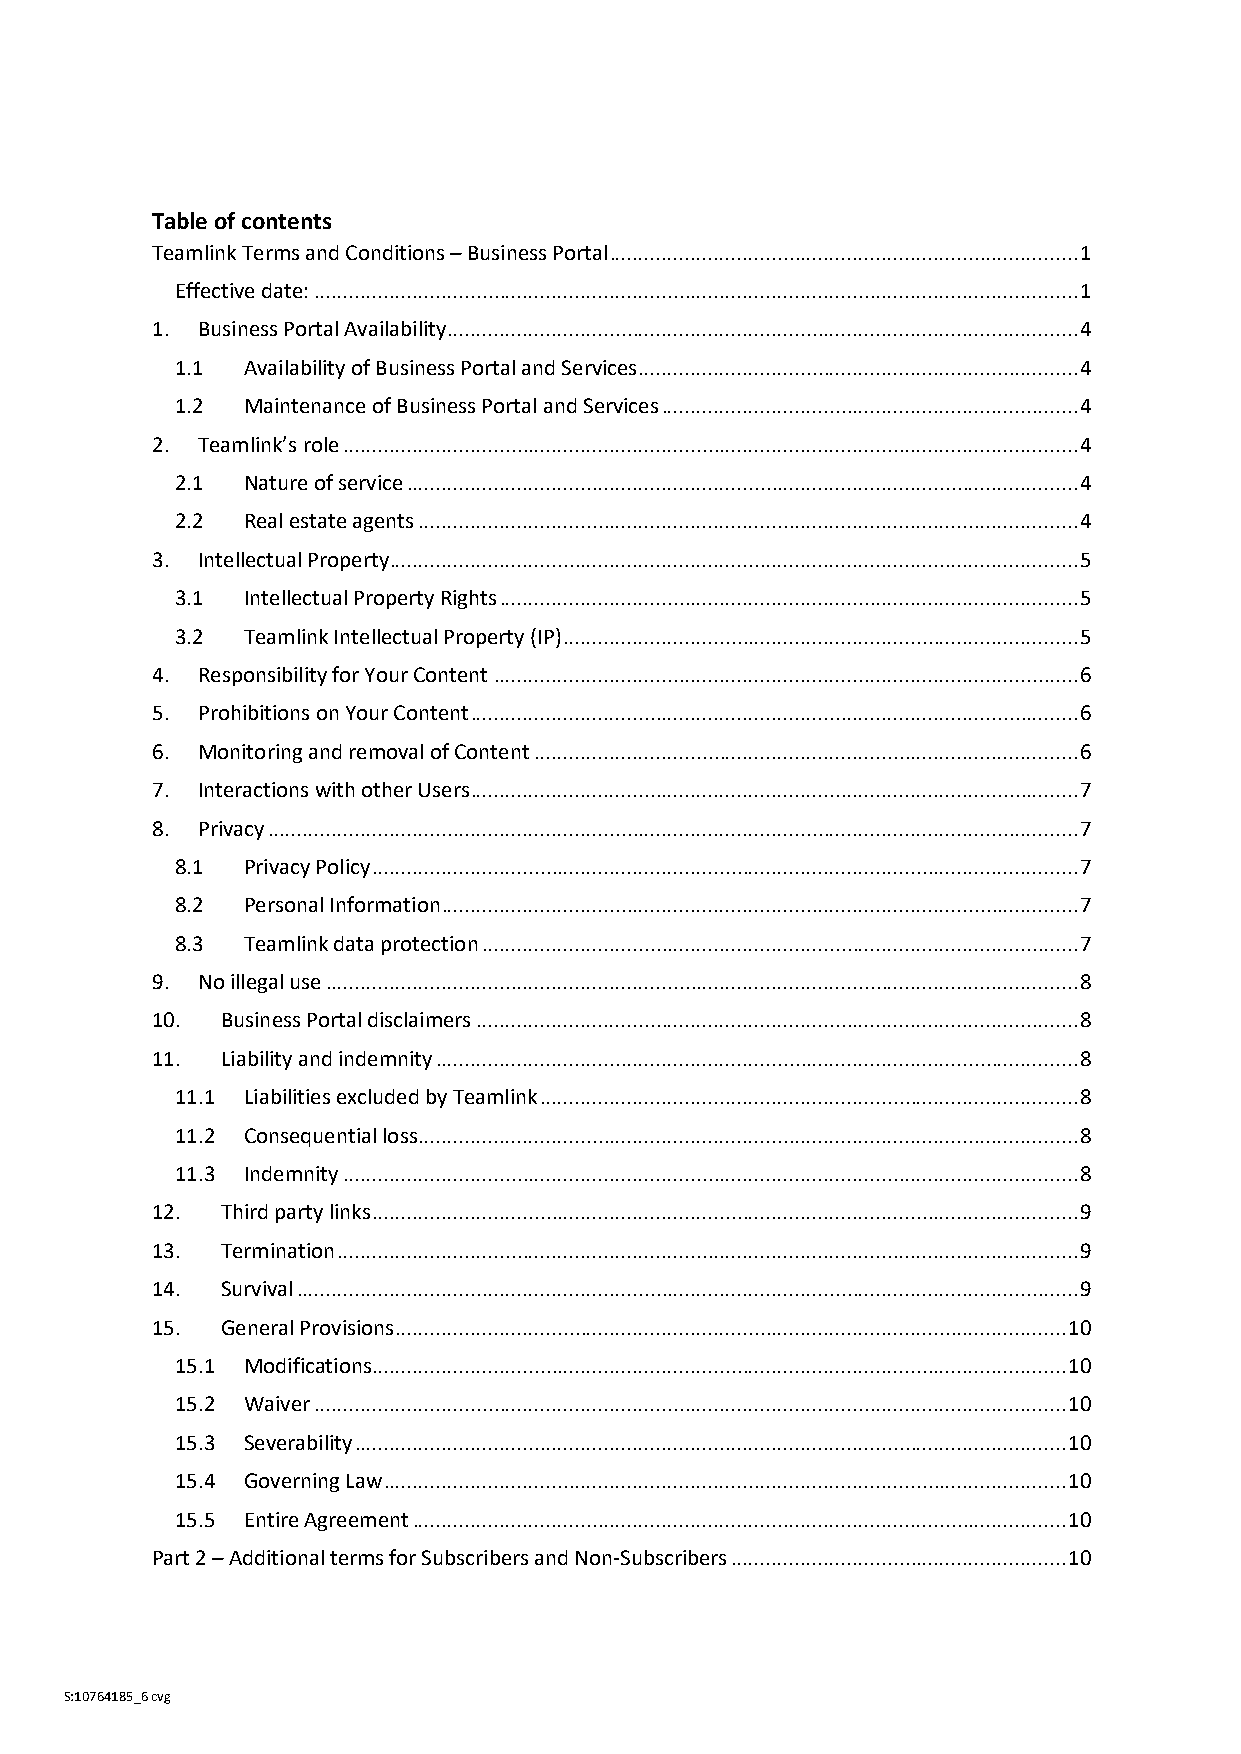
Table of contents
 Teamlink Terms and Conditions – Business Portal ................................................................................. 1
 Effective date: .................................................................................................................................... 1
 1. Business Portal Availability ............................................................................................................. 4
 1.1 Availability of Business Portal and Services ............................................................................ 4
 1.2 Maintenance of Business Portal and Services ........................................................................ 4
 2. Teamlink’s role ............................................................................................................................... 4
 2.1 Nature of service .................................................................................................................... 4
 2.2 Real estate agents .................................................................................................................. 4
 3. Intellectual Property ....................................................................................................................... 5
 3.1 Intellectual Property Rights .................................................................................................... 5
 3.2 Teamlink Intellectual Property (IP) ......................................................................................... 5
 4. Responsibility for Your Content ..................................................................................................... 6
 5. Prohibitions on Your Content ......................................................................................................... 6
 6. Monitoring and removal of Content .............................................................................................. 6
 7. Interactions with other Users ......................................................................................................... 7
 8. Privacy ............................................................................................................................................ 7
 8.1 Privacy Policy .......................................................................................................................... 7
 8.2 Personal Information .............................................................................................................. 7
 8.3 Teamlink data protection ....................................................................................................... 7
 9. No illegal use .................................................................................................................................. 8
 10.  Business Portal disclaimers ........................................................................................................ 8
 11.  Liability and indemnity ............................................................................................................... 8
 11.1 Liabilities excluded by Teamlink ............................................................................................. 8
 11.2 Consequential loss .................................................................................................................. 8
 11.3 Indemnity ............................................................................................................................... 8
 12.  Third party links .......................................................................................................................... 9
 13.  Termination ................................................................................................................................ 9
 14.  Survival ....................................................................................................................................... 9
 15.  General Provisions .................................................................................................................... 10
 15.1 Modifications ........................................................................................................................ 10
 15.2 Waiver .................................................................................................................................. 10
 15.3 Severability ........................................................................................................................... 10
 15.4 Governing Law ...................................................................................................................... 10
 15.5 Entire Agreement ................................................................................................................. 10
 Part 2 – Additional terms for Subscribers and Non-Subscribers .......................................................... 10
 S:10764185_6 cvg